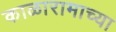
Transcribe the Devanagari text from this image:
काळारामाच्या